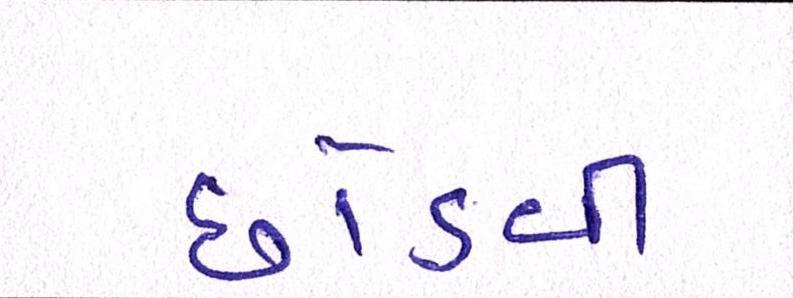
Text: છોડવી